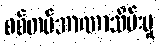
စစ်တပ်အာဏာသိမ်းမှု